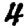
Digit: 4